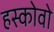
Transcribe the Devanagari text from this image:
हस्कोवो